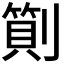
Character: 𠟬